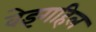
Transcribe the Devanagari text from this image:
वेइगहिल